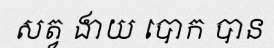
សត្វ ងាយ បោក បាន